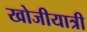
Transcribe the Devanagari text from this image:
खोजीयात्री